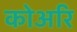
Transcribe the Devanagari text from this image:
कोअरि